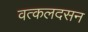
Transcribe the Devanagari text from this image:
वत्कलदसन